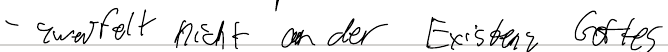
- zweifelt nicht an der Existenz Gottes